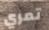
تمري